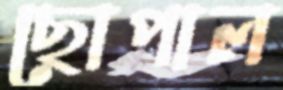
ছোপাল